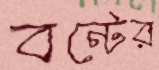
বন্টের